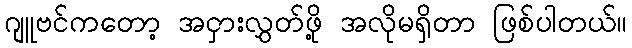
ဂျူဗင်ကတော့ အငှားလွှတ်ဖို့ အလိုမရှိတာ ဖြစ်ပါတယ်။